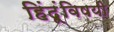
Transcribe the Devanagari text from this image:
हिंदूंविषयी